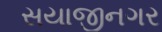
સયાજીનગર